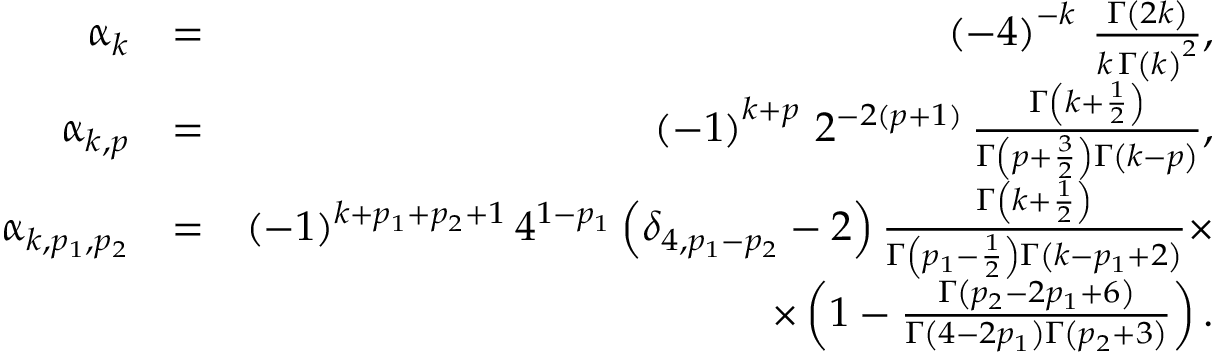
\begin{array} { r l r } { \upalpha _ { k } } & { = } & { \left( - 4 \right) ^ { - k } \, \frac { \Gamma \left( 2 k \right) } { k \, \Gamma \left( k \right) ^ { 2 } } , } \\ { \upalpha _ { k , p } } & { = } & { \left( - 1 \right) ^ { k + p } \, 2 ^ { - 2 ( p + 1 ) } \, \frac { \Gamma \left( k + \frac { 1 } { 2 } \right) } { \Gamma \left( p + \frac { 3 } { 2 } \right) \Gamma \left( k - p \right) } , } \\ { \upalpha _ { k , p _ { 1 } , p _ { 2 } } } & { = } & { ( - 1 ) ^ { k + p _ { 1 } + p _ { 2 } + 1 } \, 4 ^ { 1 - p _ { 1 } } \left( \delta _ { 4 , p _ { 1 } - p _ { 2 } } - 2 \right) \frac { \Gamma \left( k + \frac { 1 } { 2 } \right) } { \Gamma \left( p _ { 1 } - \frac { 1 } { 2 } \right) \Gamma \left( k - p _ { 1 } + 2 \right) } \times } \\ & { } & { \times \left( 1 - \frac { \Gamma \left( p _ { 2 } - 2 p _ { 1 } + 6 \right) } { \Gamma \left( 4 - 2 p _ { 1 } \right) \Gamma \left( p _ { 2 } + 3 \right) } \right) . } \end{array}